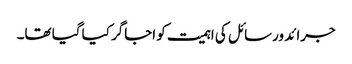
جرائد ورسائل کی اہمیت کو اجاگر کیا گیا تھا۔